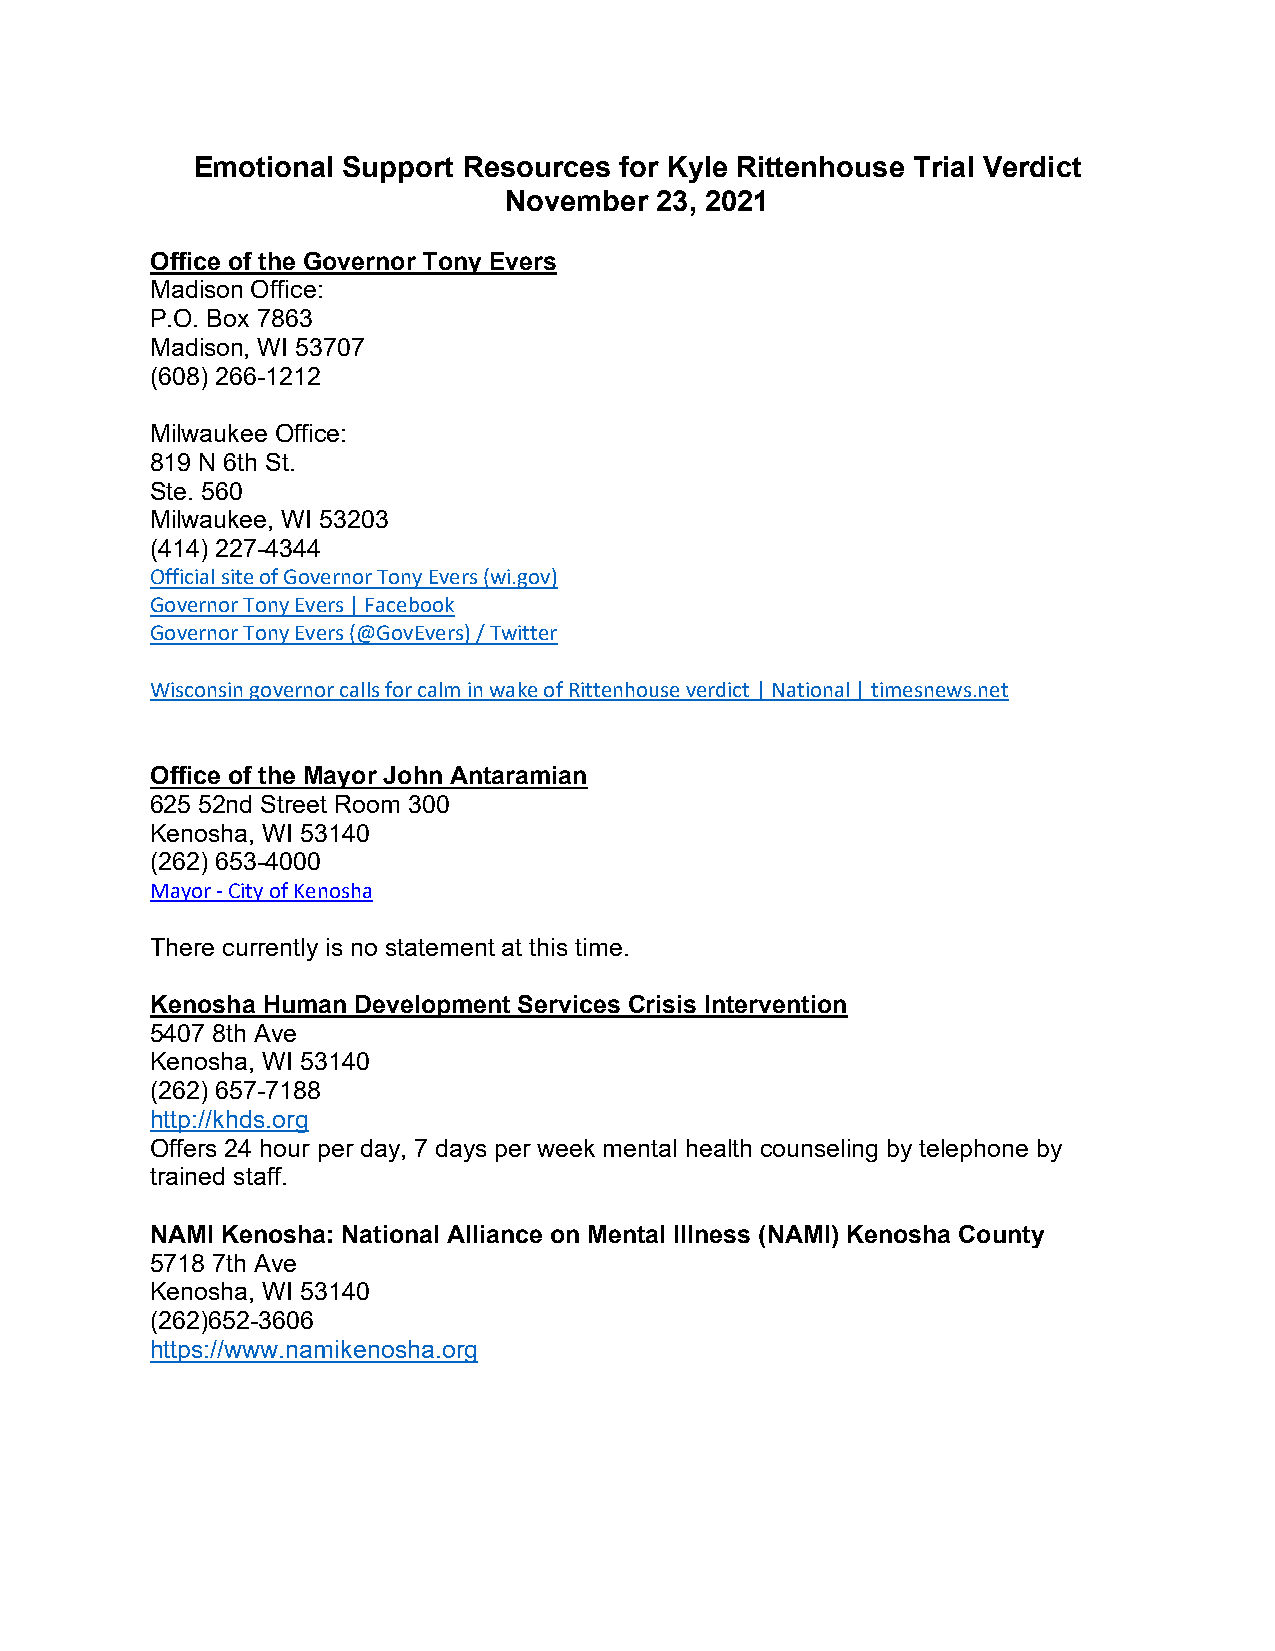
Emotional Support Resources for Kyle Rittenhouse Trial Verdict
 November  23, 2021
 Office of the Governor Tony Evers
 Madison Office:
 P.O. Box 7863
 Madison, WI 53707
 (608) 266-1212
 Milwaukee Office:
 819 N 6th St.
 Ste. 560
 Milwaukee, WI 53203
 (414) 227-4344
 Official site of Governor Tony Evers (wi.gov)
 Governor Tony Evers | Facebook
 Governor Tony Evers (@GovEvers) / Twitter
 Wisconsin governor calls for calm in wake of Rittenhouse verdict | National | timesnews.net
 Office of the Mayor John Antaramian
 625 52nd Street Room 300
 Kenosha, WI 53140
 (262) 653-4000
 Mayor - City of Kenosha
 There currently is no statement at this time.
 Kenosha Human Development Services Crisis Intervention
 5407 8th Ave
 Kenosha, WI 53140
 (262) 657-7188
 http://khds.org
 Offers 24 hour per day, 7 days per week mental health counseling by telephone by
 trained staff.
 NAMI Kenosha: National Alliance on Mental Illness (NAMI) Kenosha County
 5718 7th Ave
 Kenosha, WI 53140
 (262)652-3606
 https://www.namikenosha.org